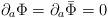
LaTeX: \begin{align*} \partial_a\Phi = \partial_a\bar{\Phi} = 0\end{align*}